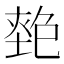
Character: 𡏎